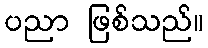
ပညာ ဖြစ်သည်။